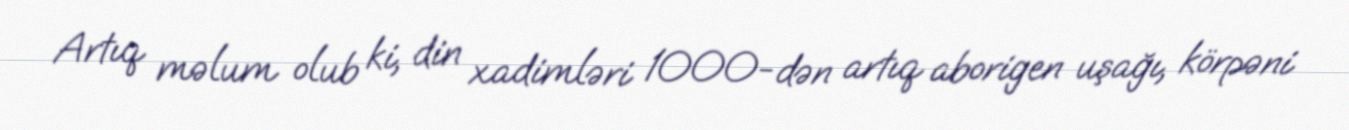
Artıq məlum olub ki, din xadimləri 1000-dən artıq aborigen uşağı, körpəni